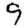
Digit: 9